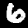
Label: 6